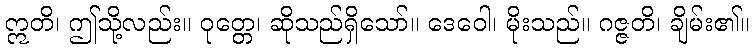
ဣတိ၊ ဤသို့လည်း။ ဝုတ္တေ၊ ဆိုသည်ရှိသော်။ ဒေဝေါ၊ မိုးသည်။ ဂဇ္ဇတိ၊ ချိမ်း၏။